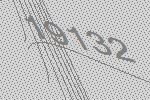
19132